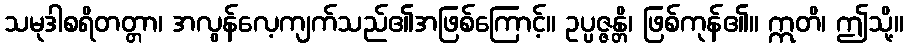
သမုဒါစရိတတ္တာ၊ အလွန်လေ့ကျက်သည်၏အဖြစ်ကြောင့်။ ဥပ္ပဇ္ဇန္တိ၊ ဖြစ်ကုန်၏။ ဣတိ၊ ဤသို့။